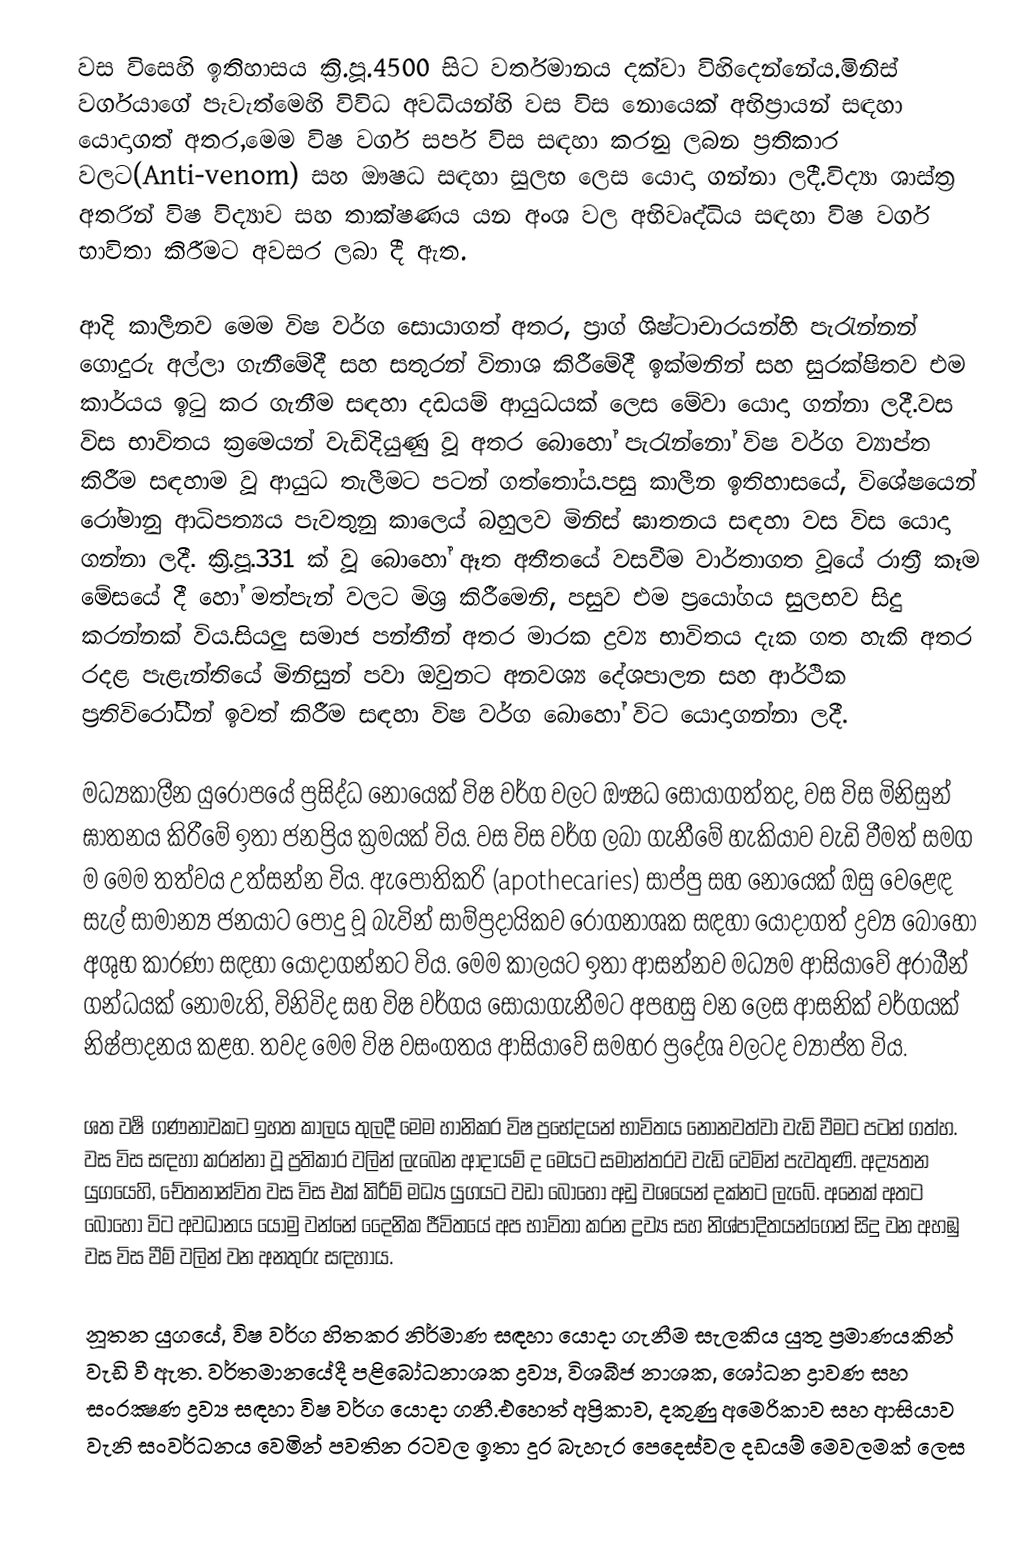
වස විසෙහි ඉතිහාසය ක්‍රි.පූ.4500 සිට වර්තමානය දක්වා විහිදෙන්නේය.මිනිස් වර්ගයාගේ පැවැත්මෙහි විවිධ අවධියන්හි වස විස නොයෙක් අභිප්‍රායන් සඳහා යොදාගත් අතර,මෙම විෂ වර්ග සර්ප විස සඳහා කරනු ලබන ප්‍රතිකාර වලට(Anti-venom) සහ ‍ඖෂධ සඳහා සුලභ ලෙස යොදා ගන්නා ලදී.විද්‍යා ශාස්ත්‍ර අතරින් විෂ විද්‍යාව සහ තාක්ෂණය යන අංශ වල අභිවෘද්ධිය සඳහා විෂ වර්ග භාවිතා කිරීමට අවසර ලබා දී ඇත.

ආදි කාලීනව මෙම විෂ වර්ග සොයාගත් අතර, ප්‍රාග් ශිෂ්ටාචාරයන්හි පැරැන්නන් ගොදුරු අල්ලා ගැනීමේදී සහ සතුරන් විනාශ කිරීමේදී ඉක්මනින් සහ සුරක්ෂිතව එම කාර්යය ඉටු කර ගැනීම සඳහා දඩයම් ආයුධයක් ලෙස මේවා යොදා ගන්නා ලදී.වස විස භාවිතය ක්‍රමෙයන් වැඩිදියුණු වූ අතර බොහෝ පැරැන්නෝ විෂ වර්ග ව්‍යාප්ත කිරීම සඳහාම වූ ආයුධ තැලීමට පටන් ගත්තෝය.පසු කාලීන ඉති‍හාසයේ, විශේෂයෙන් රෝමානු ආධිපත්‍යය පැවතුනු කාලෙය් බහුලව මිනිස් ඝාතනය සඳහා වස විස යොදා ගන්නා ලදී. ක්‍රි.පූ.331 ක් වූ බොහෝ ඈත අතීතයේ වසවීම වාර්තාගත වූයේ රාත්‍රී කෑම මේසයේ දී හෝ මත්පැන් වලට මිශ්‍ර කිරීමෙනි, පසුව එම ප්‍රයෝගය සුලභව සිදු කරන්නක් විය.සියලු සමාජ පන්තීන් අතර මාරක ද්‍රව්‍ය භාවිතය දැක ගත හැකි අතර රදළ පැළැන්තියේ මිනිසුන් පවා ඔවුනට අනවශ්‍ය දේශපාලන සහ ආර්ථික ප්‍රතිවිරෝධීන් ඉවත් කිරීම සඳහා විෂ වර්ග බොහෝ විට යොදාගන්නා ලදී.

මධ්‍යකාලීන යුරෝපයේ ප්‍රසිද්ධ නොයෙක් විෂ වර්ග වලට ඖෂධ සොයාගත්තද,  වස විස මිනිසුන් ඝාතනය කිරීමේ ඉතා ජනප්‍රිය ක්‍රමයක් විය. වස විස වර්ග ලබා ගැනීමේ හැකියාව වැඩි වීමත් සමග ම මෙම තත්වය උත්සන්න විය. ඇපොතිකරි (apothecaries) සාප්පු සහ නොයෙක් ඔසු වෙළෙඳ සැල් සාමාන්‍ය ජනයාට පොදු වූ බැවින් සාම්ප්‍රදායිකව රෝගනාශක සඳහා යොදාගත් ද්‍රව්‍ය බොහෝ අශුභ කාරණා සඳහා යොදාගන්නට විය. මෙම කාලයට ඉතා ආසන්නව මධ්‍යම ආසියාවේ අරාබීන් ගන්ධයක් නොමැති, විනිවිද සහ විෂ වර්ගය සොයාගැනීමට අපහසු වන ලෙස ආසනික් වර්ගයක් නිෂ්පාදනය කළහ. තවද මෙම  විෂ වසංගතය ආසියාවේ සමහර ප්‍රදේශ වලටද ව්‍යාප්ත විය.

ශත වර්‍ෂ ගණනාවකට ඉහත කාලය තුලදී මෙම හානිකර විෂ ප්‍රභේදයන් භාවිතය නොනවත්වා වැඩි වීමට පටන්  ගත්හ. වස විස සඳහා කරන්නා වූ ප්‍රතිකාර වලින් ලැබෙන ආදායම් ද මෙයට සමාන්තරව වැඩි වෙමින් පැවතුණි. අද්‍යතන යුගයෙහි, චේතනාන්විත වස විස එක් කිරීම් මධ්‍ය යුගයට වඩා බොහෝ අඩු වශයෙන් දක්නට ලැබේ. අනෙක් අතට බොහෝ විට අවධානය යොමු වන්නේ දෛනික ජීවිතයේ අප භාවිතා කරන ද්‍රව්‍ය සහ නිශ්පාදිතයන්ගෙන් සිදු වන අහඹු වස විස වීම් වලින් වන අනතුරු සඳහාය.

නූතන යුගයේ, විෂ වර්ග හිතකර නිර්මාණ සඳහා යොදා ගැනීම සැලකිය යුතු ප්‍රමාණයකින් වැඩි වී ඇත. වර්තමානයේදී පළිබෝධ​නාශක ද්‍රව්‍ය, විශබීජ නාශක, ශෝධන ද්‍රාවණ සහ සංරක්‍ෂණ ද්‍රව්‍ය සඳහා විෂ වර්ග යොදා ගනී.එහෙත් අප්‍රිකාව, දකුණු අමෙරිකාව සහ ආසියාව වැනි සංවර්ධනය වෙමින් පවතින රටවල ඉතා දුර බැහැර පෙදෙස්වල දඩයම් මෙවලමක් ලෙස